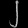
Digit: ၂